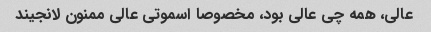
عالی، همه چی عالی بود، مخصوصا اسموتی عالی ممنون لانجیند